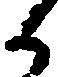
候